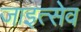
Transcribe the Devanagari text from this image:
जाइत्सेव